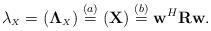
LaTeX: \begin{align*} \lambda_{\scriptscriptstyle{X}} = (\mathbf{\Lambda}_{\scriptscriptstyle{X}}) \overset{(a)}{=} (\mathbf{X}) \overset{(b)}{=} \mathbf{w}^H \mathbf{R} \mathbf{w}.\end{align*}